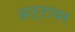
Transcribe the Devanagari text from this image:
अट्टावर